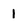
Character: 1